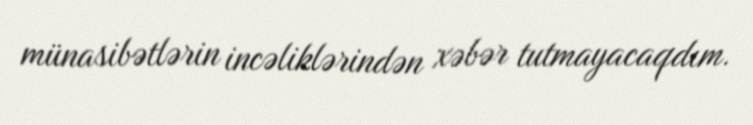
münasibətlərin incəliklərindən xəbər tutmayacaqdım.